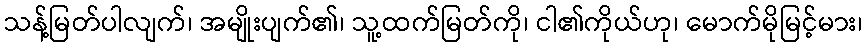
သန့်မြတ်ပါလျက်၊ အမျိုးပျက်၏၊ သူ့ထက်မြတ်ကို၊ ငါ၏ကိုယ်ဟု၊ မောက်မိုမြင့်မား၊